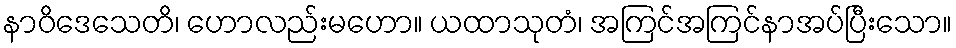
နာဝိဒေသေတိ၊ ဟောလည်းမဟော။ ယထာသုတံ၊ အကြင်အကြင်နာအပ်ပြီးသော။